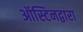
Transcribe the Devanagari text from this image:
ऑस्टिनद्वारा